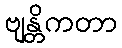
ဗျန္တိကတာ